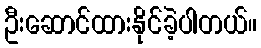
ဦးဆောင်ထားနိုင်ခဲ့ပါတယ်။